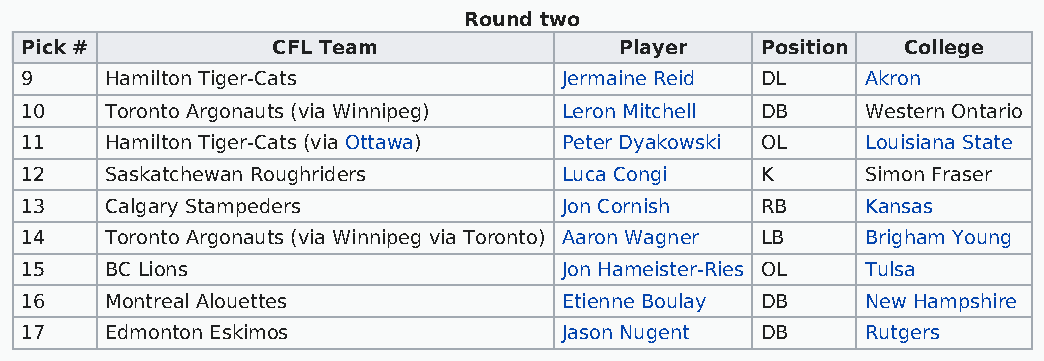
Round two
 Pick #           CFL Team               Player   Position  College
 9     Hamilton Tiger-Cats           Jermaine Reid DL    Akron
 10    Toronto Argonauts (via Winnipeg) Leron Mitchell DB Western Ontario
 11    Hamilton Tiger-Cats (via Ottawa) Peter Dyakowski OL Louisiana State
 12    Saskatchewan Roughriders      Luca Congi   K      Simon Fraser
 13    Calgary Stampeders            Jon Cornish  RB     Kansas
 14    Toronto Argonauts (via Winnipeg via Toronto) Aaron Wagner LB Brigham Young
 15    BC Lions                      Jon Hameister-Ries OL Tulsa
 16    Montreal Alouettes            Etienne Boulay DB   New Hampshire
 17    Edmonton Eskimos              Jason Nugent DB     Rutgers